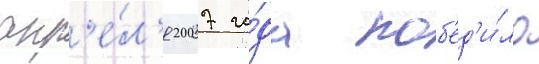
апр'е́л'я 2007 го́да поб'ед'и́ло